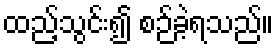
ထည့်သွင်း၍ စဉ်ခဲ့ရသည်။